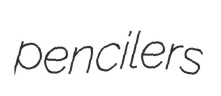
pencilers